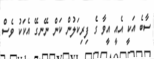
ސާބެ އަކީ އެއީ އީވާ ގެ ފިރިކަލުން ކަން ނޭނގޭ އެކަކު ވެސް